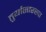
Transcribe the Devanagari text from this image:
तुर्यासारखा